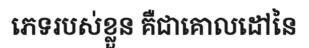
ភេទរបស់ខ្លួន គឺជាគោលដៅនៃ